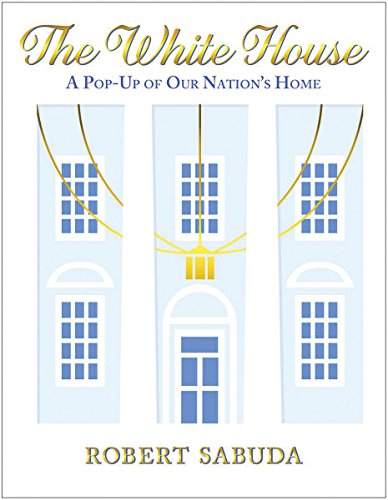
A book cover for The White House: A Pop-Up of Our Nation's Home; Robert Sabuda; Children's Books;